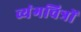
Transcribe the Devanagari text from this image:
व्यंगचित्रों